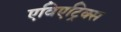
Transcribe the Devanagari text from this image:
एविएट्रिक्स